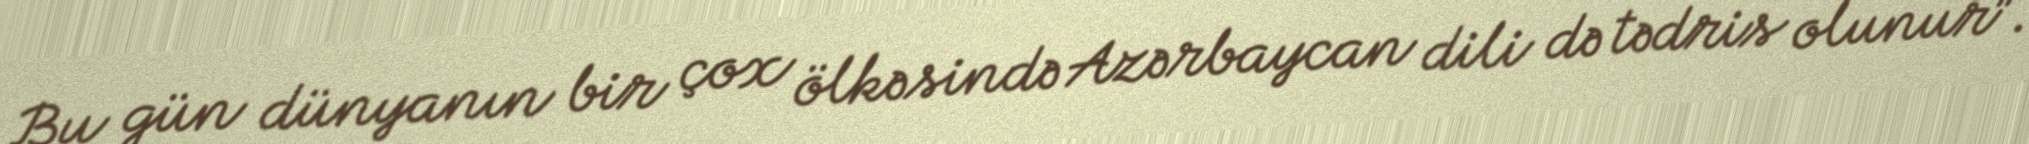
Bu gün dünyanın bir çox ölkəsində Azərbaycan dili də tədris olunur”.